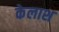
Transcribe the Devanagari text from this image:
केलाश